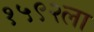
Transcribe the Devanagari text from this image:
१५९२ला